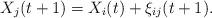
LaTeX: \begin{align*}X_j(t+1) = X_{i}(t)+\xi_{i j}(t+1).\end{align*}